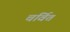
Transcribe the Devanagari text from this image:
चर्वित